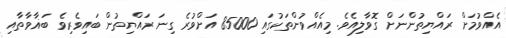
އެއްވުމަށް ރައްޔިތުންނަށް ގޮވާލިއެވެ. މިއެއްވުންތަކުގައި 85000 އަށްވުރެ ގިނަ ރައްޔިތުން ބައިވެރިވެ ބަޣާވާތާއި